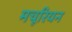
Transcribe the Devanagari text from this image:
मचूरियन